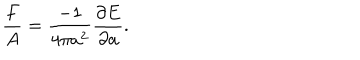
\frac { F } { A } = \frac { - 1 } { 4 \pi a ^ { 2 } } \frac { \partial E } { \partial a } .